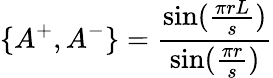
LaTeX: \{ A^{+},A^{-}\} =\frac{\sin(\frac{\pi rL}{s})}{\sin(\frac{\pi r}{s})}